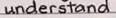
understand